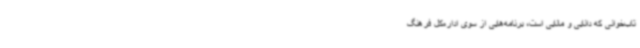
تاب‌خوانی که دانایی و مانایی است، برنامه‌هایی از سوی اداره‌کل فرهنگ